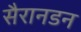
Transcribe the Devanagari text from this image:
सैरानडन